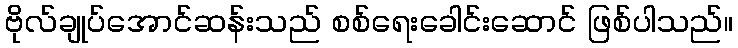
ဗိုလ်ချုပ်အောင်ဆန်းသည် စစ်ရေးခေါင်းဆောင် ဖြစ်ပါသည်။